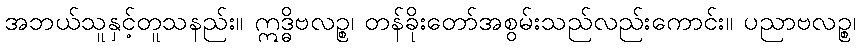
အဘယ်သူနှင့်တူသနည်း။ ဣဒ္ဓိဗလဉ္စ၊ တန်ခိုးတော်အစွမ်းသည်လည်းကောင်း။ ပညာဗလဉ္စ၊